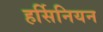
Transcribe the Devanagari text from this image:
हर्सिनियन